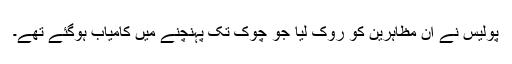
پولیس نے ان مظاہرین کو روک لیا جو چوک تک پہنچنے میں کامیاب ہوگئے تھے۔